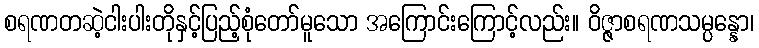
စရဏတဆဲ့ငါးပါးတိုနှင့်ပြည့်စုံတော်မူသော အကြောင်းကြောင့်လည်း။ ဝိဇ္ဇာစရဏသမ္ပန္နော၊